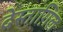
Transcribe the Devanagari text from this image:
देस्ताग़िल